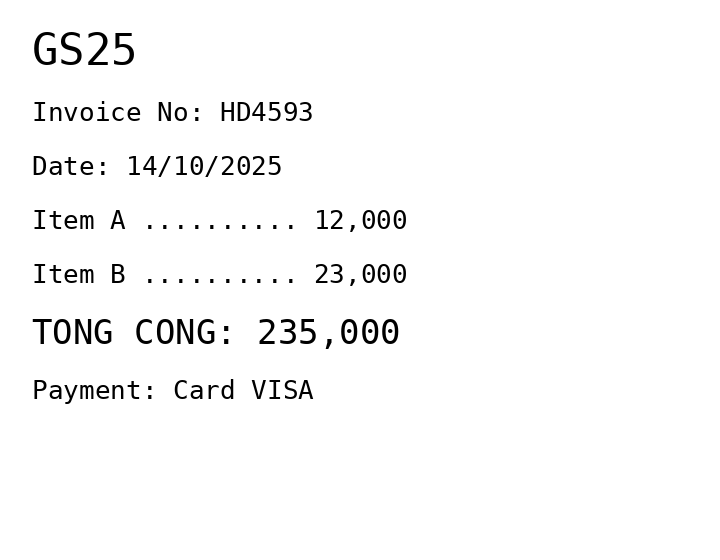
GS25
Invoice No: HD4593
Date: 14/10/2025
Item A .......... 12,000
Item B .......... 23,000
TONG CONG: 235,000
Payment: Card VISA
Merchant: gs25
Date: 2025-10-14
Total: 235000
Invoice No: HD4593
Payment method: CARD